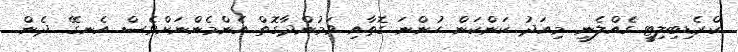
ކްރެޑިބިލިޓީ ގެއްލެނީ. މިއަދު ކަންކަން ހުންނަ ގޮތާއި ވަމުންދާގޮތް އެންމެންނަށްވެސް އެނގޭ. ދެން